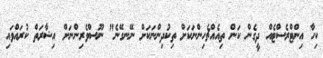
ކިހާ އިންޓްރެސްޓެއް ދީގެން ކަން ތިއެއްޗެހިންނަކަށް ތިކުދިންނަކަށް ނޭނގޭނެ" ނޫސްވެރިންނަށް އިޝާރަތް ކުރައްވައި